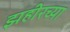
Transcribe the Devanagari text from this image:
झहीरच्या